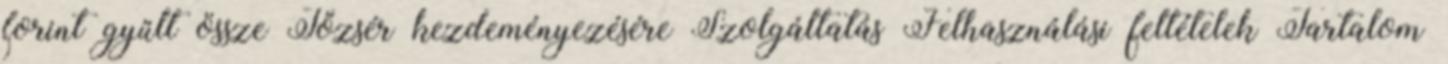
forint gyűlt össze Tőzsér kezdeményezésére Szolgáltatás Felhasználási feltételek Tartalom